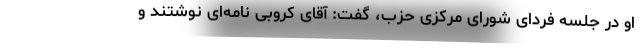
او در جلسه فردای شورای مرکزی حزب، گفت: آقای کروبی نامه‌ای نوشتند و